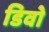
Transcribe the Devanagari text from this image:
डिवो